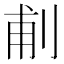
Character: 𠜙